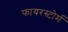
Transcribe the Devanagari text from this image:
फायरस्टोर्म